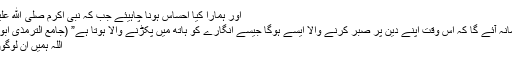
اور ہمارا کیا احساس ہونا چاہیئے جب کہ نبی اکرم صلی الله علیہ وسلم نے فرمایا:
” لوگوں پر ایسا زمانہ آئے گا کہ اس وقت اپنے دین پر صبر کرنے والا ایسے ہوگا جیسے انگارے کو ہاتھ میں پکڑنے والا ہوتا ہے” (جامع الترمذی ابواب الفتن ح ۲۲۶۰)
اللہ ہمیں ان لوگوں میں شامل کرے۔